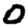
Digit: 0